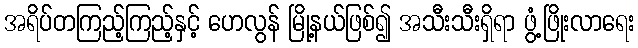
အရိပ်တကြည့်ကြည့်နှင့် ဟေလွန် မြို့နယ်ဖြစ်၍ အသီးသီးရှိရာ ဖွံ့ဖြိုးလာရေး